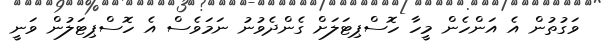
ވަގުތުން އެ އަންހެން މީހާ ހޮސްޕިޓަލަށް ގެންދެވުނު ނަމަވެސް އެ ހޮސްޕިޓަލުން ވަނީ